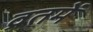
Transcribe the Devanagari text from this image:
व्रतमें